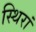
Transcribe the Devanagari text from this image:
स्थिरां